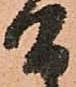
間